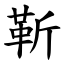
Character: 靳